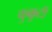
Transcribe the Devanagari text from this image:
कुक्कुटी